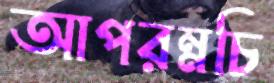
আপরম্নচি